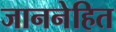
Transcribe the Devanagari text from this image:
जाननेहित